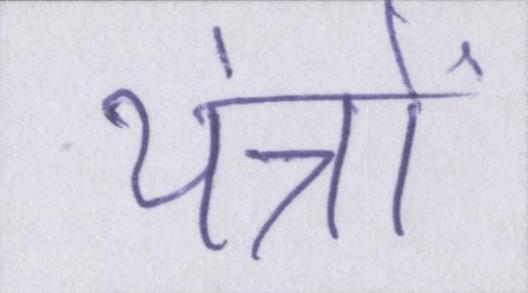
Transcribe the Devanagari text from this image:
यंत्रों